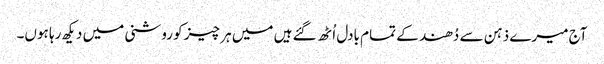
آج میرے ذہن سے دُھند کے تمام بادل اُٹھ گئے ہیں میں ہر چیز کو روشنی میں دیکھ رہا ہوں۔